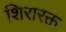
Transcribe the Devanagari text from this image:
शिरारक्त